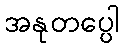
အနုတပ္ပေါ